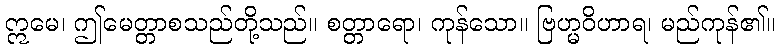
ဣမေ၊ ဤမေတ္တာစသည်တို့သည်။ စတ္တာရော၊ ကုန်သော။ ဗြဟ္မဝိဟာရ၊ မည်ကုန်၏။